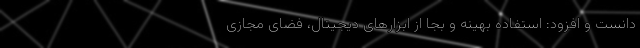
دانست و افزود: استفاده بهینه و بجا از ابزارهای دیجیتال، فضای مجازی